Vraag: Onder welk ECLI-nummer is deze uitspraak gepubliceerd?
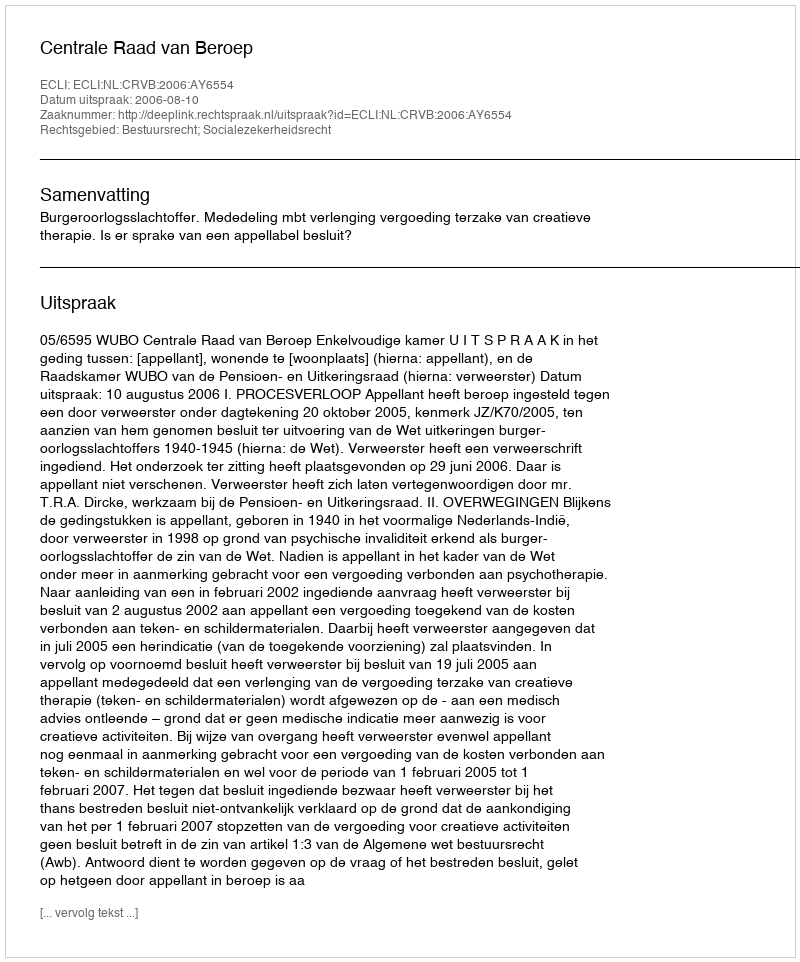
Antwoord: ECLI:NL:CRVB:2006:AY6554